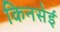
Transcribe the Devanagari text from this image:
किनसेई